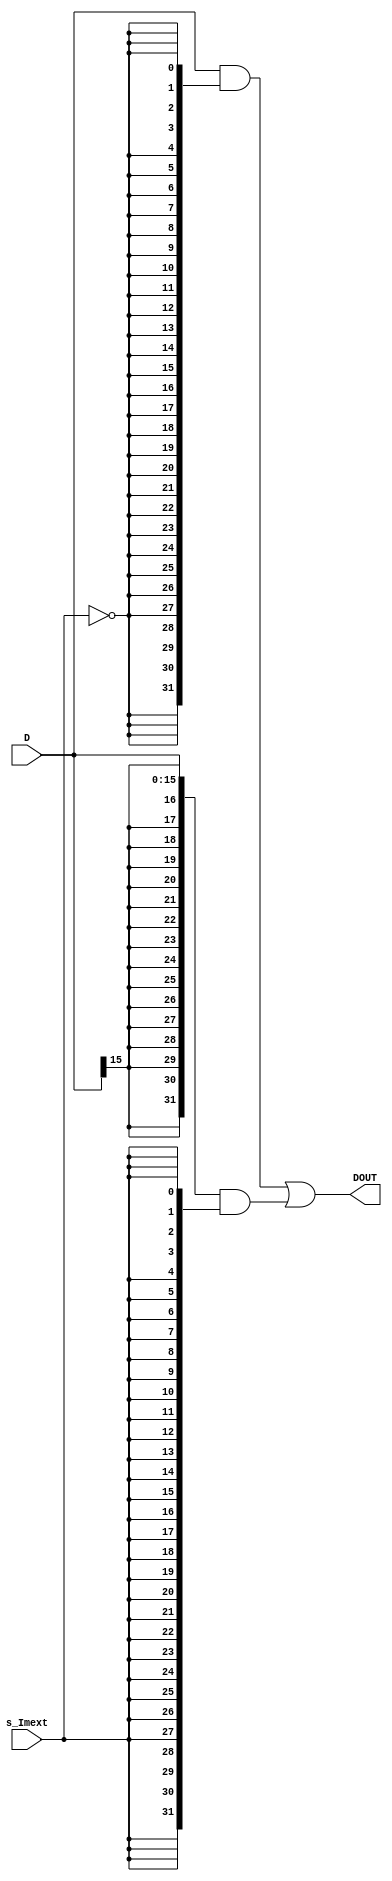
module ImExt(D, DOUT, s_Imext);

input wire [15:0] D;
input wire s_Imext;
output wire [31:0] DOUT;

wire [31:0] D1;
wire [31:0] D2;

assign D1 = {{16'b0}, {D}} & {32{~s_Imext}} ;
assign D2 = {{16{D[15]}}, {D}} & {32{s_Imext}};
assign DOUT = D1 | D2;

endmodule